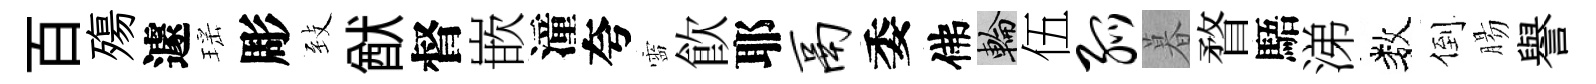
百殤遽瑶彫𦤺猷督嵌潼夸靈飮耶鬲委佛輪伍弧暮瞀䮏涕数倒腸譽